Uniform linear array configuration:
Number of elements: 24
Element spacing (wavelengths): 1
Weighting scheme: exponential
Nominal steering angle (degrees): -15
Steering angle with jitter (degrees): -15.072
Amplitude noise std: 0.05
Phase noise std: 0.05

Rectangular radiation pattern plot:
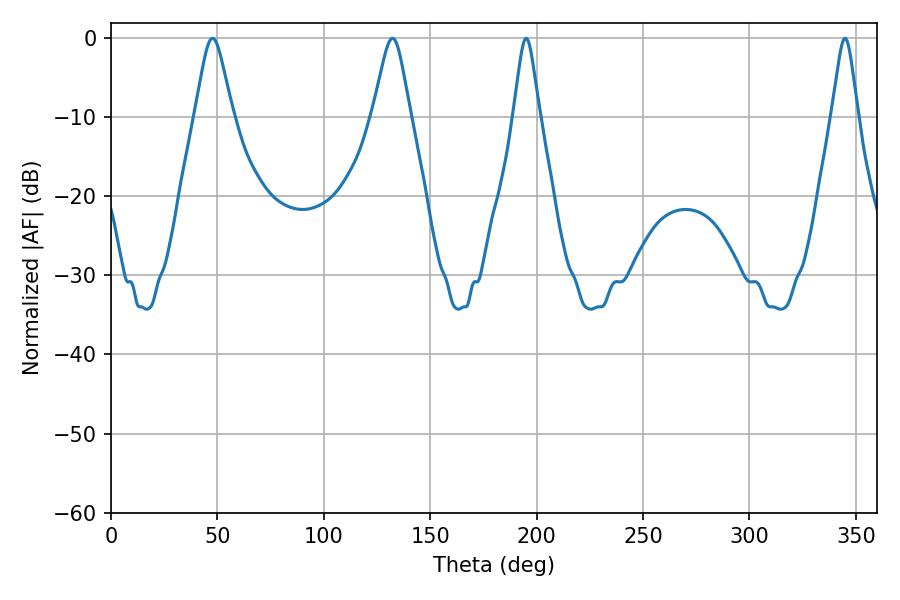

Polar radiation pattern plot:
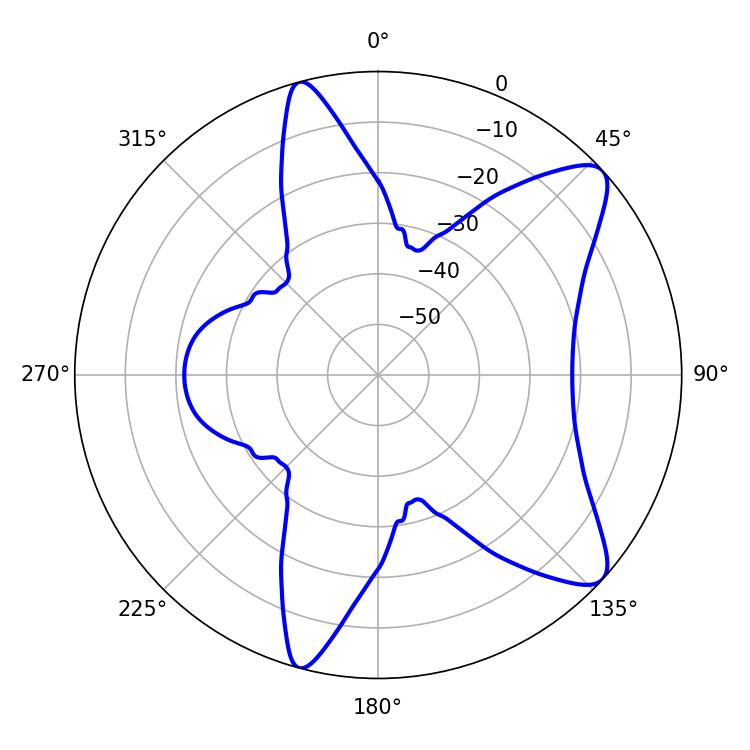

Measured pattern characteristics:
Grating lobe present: TRUE
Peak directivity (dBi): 9.825
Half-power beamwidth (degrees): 8.64
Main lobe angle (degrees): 47.7